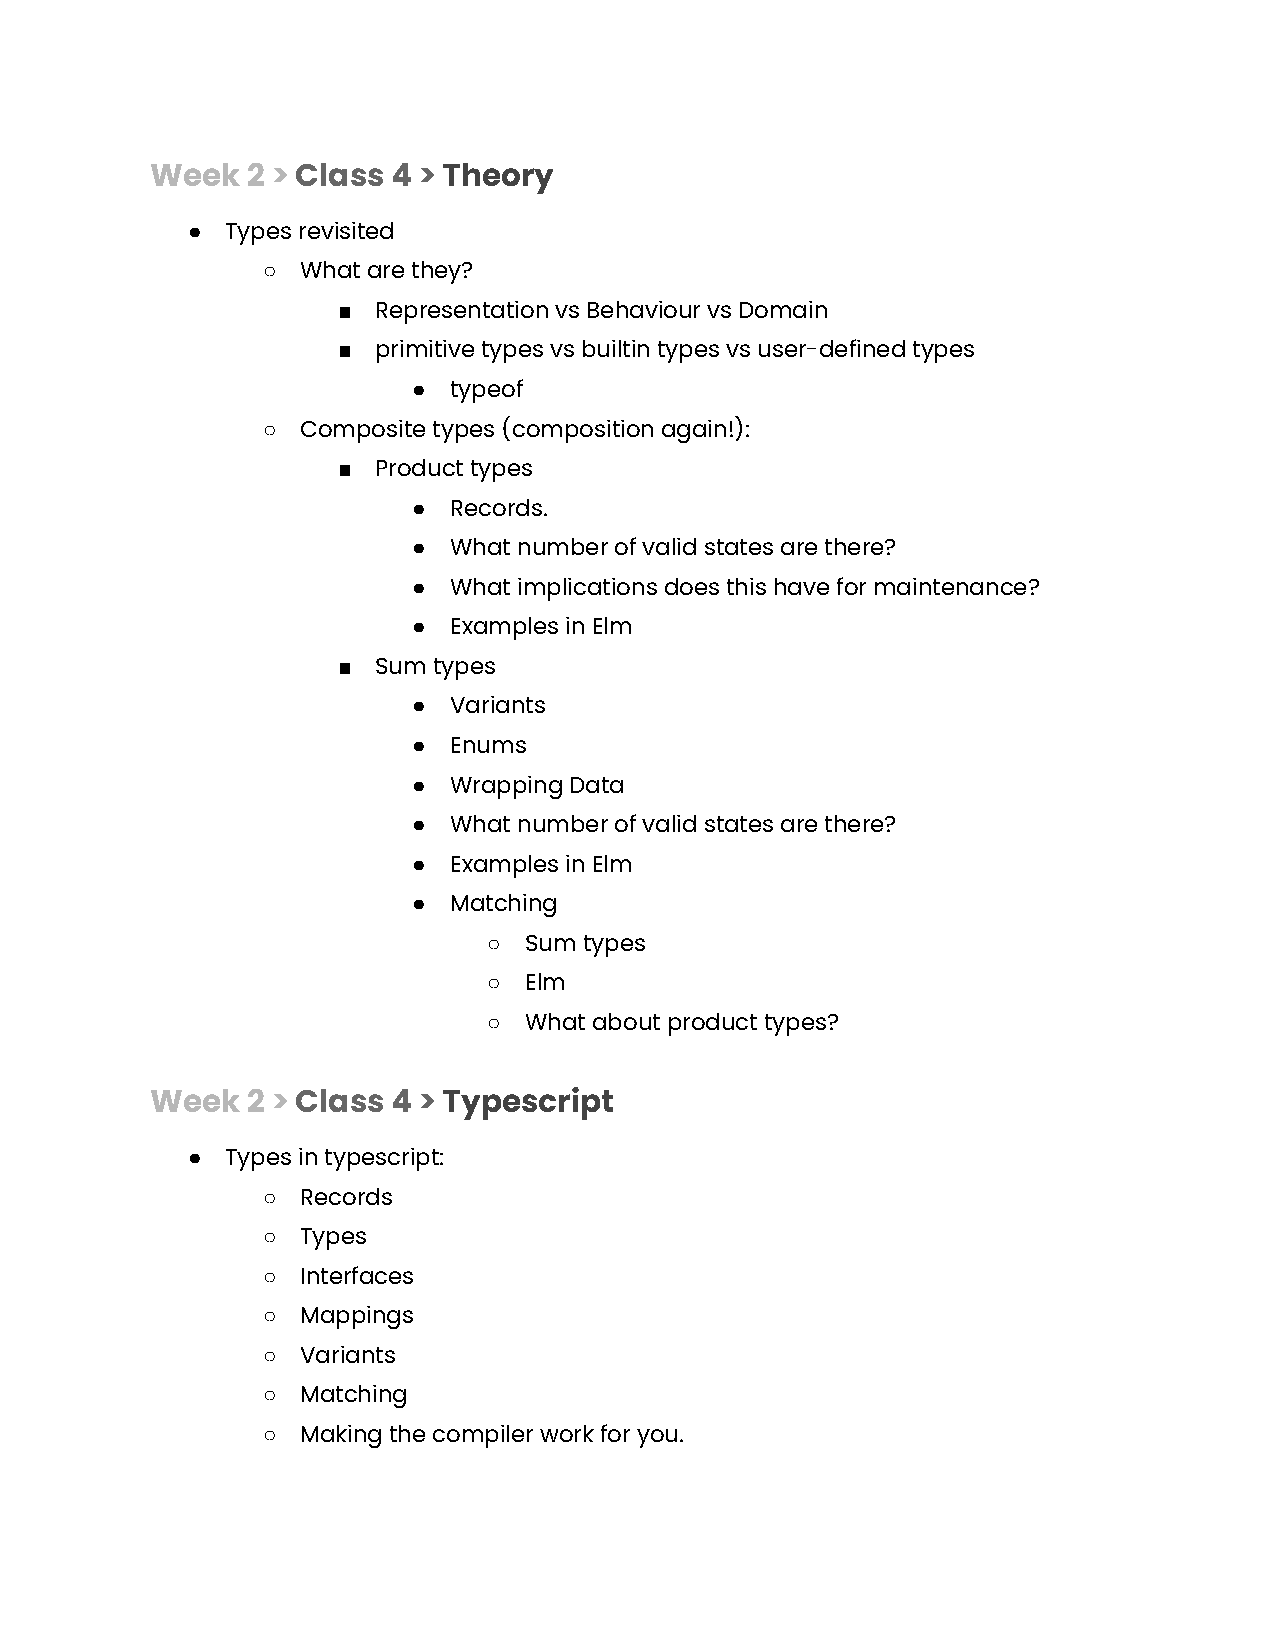
Week  2 > Class 4 > Theory
 ●  Types revisited
 ○  What are they?
 ■  Representation vs Behaviour vs Domain
 ■  primitive types vs builtin types vs user-defined types
 ●  typeof
 ○  Composite types (composition again!):
 ■  Product types
 ●  Records.
 ●  What number of valid states are there?
 ●  What implications does this have for maintenance?
 ●  Examples in Elm
 ■  Sum types
 ●  Variants
 ●  Enums
 ●  Wrapping Data
 ●  What number of valid states are there?
 ●  Examples in Elm
 ●  Matching
 ○  Sum types
 ○  Elm
 ○  What about product types?
 Week  2 > Class 4 > Typescript
 ●  Types in typescript:
 ○  Records
 ○  Types
 ○  Interfaces
 ○  Mappings
 ○  Variants
 ○  Matching
 ○  Making the compiler work for you.